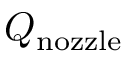
Q _ { \mathrm { n o z z l e } }